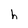
Character: h